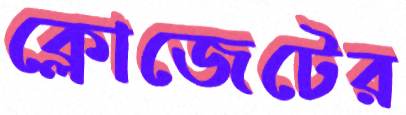
ক্লোজেটের